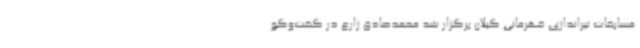
مسابقات تیراندازی قهرمانی گیلان برگزار شد محمدصادق زارع در گفت‌وگو